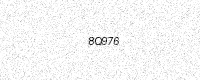
Text: 8Q976